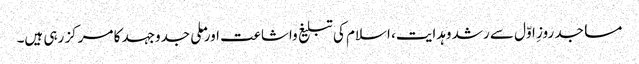
مساجد روزِ اوّل سے رشد وہدایت، اسلام کی تبلیغ واشاعت اور ملی جدوجہد کا مرکز رہی ہیں۔